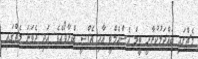
މެޗްގައި ބައްދަލުކުރާނީ ޓީމް އެސްއެމްޓީ އާއި އެފްސީ ބްރާވޯއެވެ. އަދި ދެވަނަ މެޗްގައި